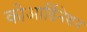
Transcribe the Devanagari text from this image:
कोआर्डिनेशन